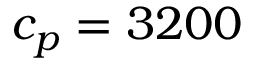
c _ { p } = 3 2 0 0